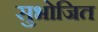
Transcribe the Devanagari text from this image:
सुभोजित